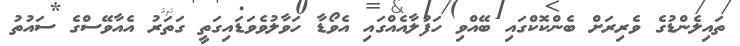
ތައިލެންޑުގެ ވެރިރަށް ބެންކޮކްގައި ބޭއްވި ހަފުލާއެއްގައި އެވޯޑާ ހަވާލުވެވަޑައިގަތީ ގަތަރު އެއާވޭސްގެ ސައުތު